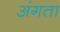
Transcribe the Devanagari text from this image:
अंगता